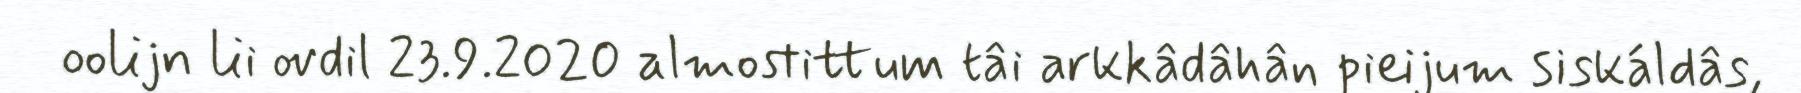
oolijn lii ovdil 23.9.2020 almostittum tâi arkkâdâhân pieijum siskáldâs,